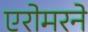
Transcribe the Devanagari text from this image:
एरोमरने